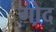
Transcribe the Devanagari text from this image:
गो़द